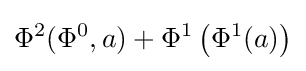
\Phi ^{2}(\Phi ^{0},a)+\Phi ^{1}\left(\Phi ^{1}(a)\right)